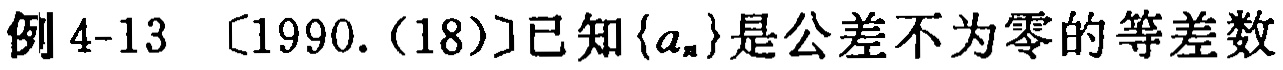
例 4-13 [1990.(18)]已知\(\{a_{n}\}\)是公差不为零的等差数